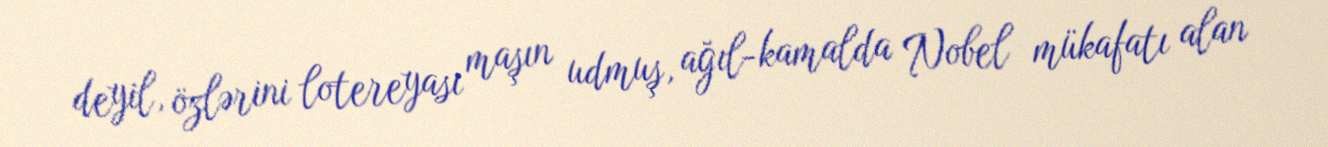
deyil, özlərini lotereyası maşın udmuş, ağıl-kamalda Nobel mükafatı alan